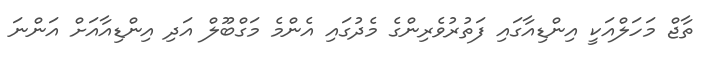
ތާޖް މަހަލްއަކީ އިންޑިއާގައި ފަތުރުވެރިންގެ މެދުގައި އެންމެ މަގްބޫލް އަދި އިންޑިއާއަށް އަންނަ